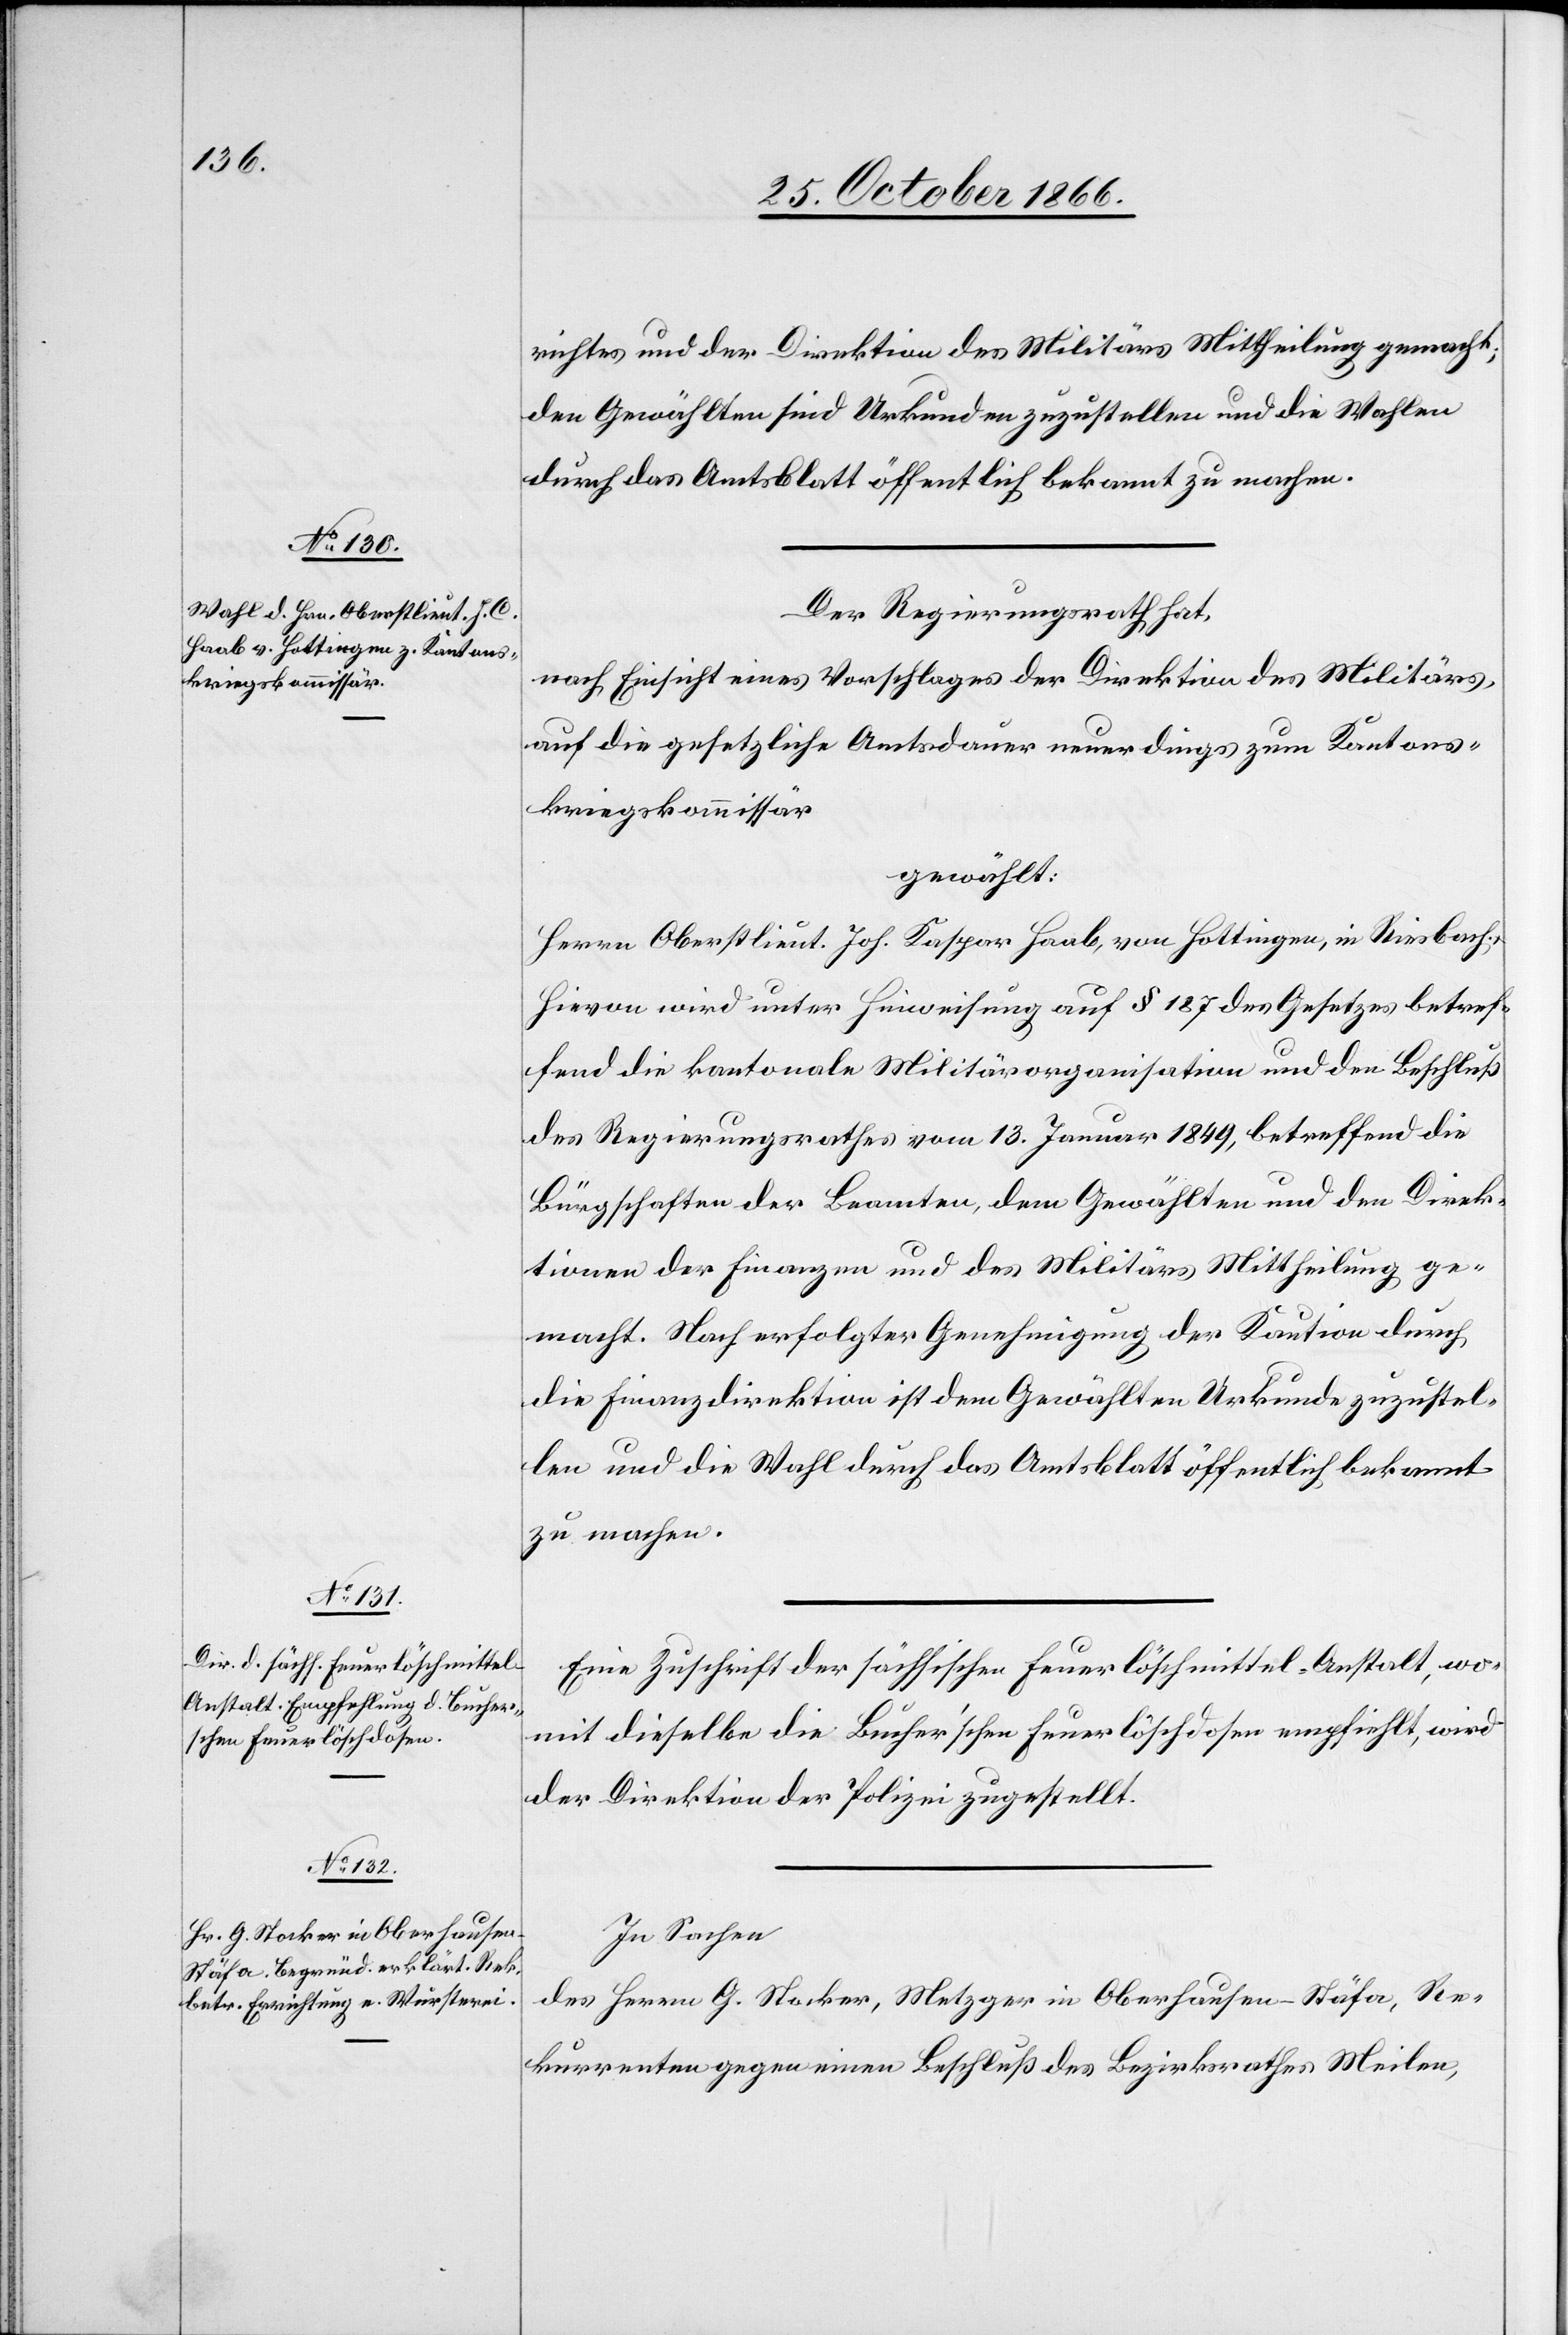
richtes und der Direktion des Militärs Mittheilung gemacht;
den Gewählten sind Urkunden zuzustellen und die Wahlen
durch das Amtsblatt öffentlich bekannt zu machen.
Der Regierungsrath hat,
nach Einsicht eines Vorschlages der Direktion des Militärs
auf die gesetzliche Amtsdauer neuerdings zum Kantons¬
kriegskommissär
gewählt:
Herrn Oberstlieut. Joh. Kaspar Haab, von Hottingen, in Riesbach.
Hievon wird unter Hinweisung auf § 187 des Gesetzes betref¬
fend die kantonale Militärorganisation und den Beschluß
des Regierungsrathes vom 13. Januar 1849, betreffend die
Bürgschaften der Beamten, dem Gewählten und den Direk¬
tionen der Finanzen und des Militärs Mittheilung ge¬
macht. Nach erfolgter Genehmigung der Kaution durch
die Finanzdirektion ist dem Gewählten Urkunde zuzustel¬
len und die Wahl durch das Amtsblatt öffentlich bekannt
zu machen.
Eine Zuschrift der sächsischen Feuerlöschmittel-Anstalt, wo¬
mit dieselbe die Bucher’schen Feuerlöschdosen empfiehlt, wird
der Direktion der Polizei zugestellt.